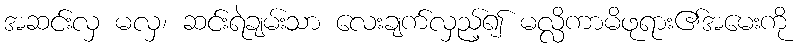
အဆင်းလှ မလှ၊ ဆင်းရဲချမ်းသာ လေးချက်လှည့်၍ မလ္လိကာမိဖုရား၏အမေးကို